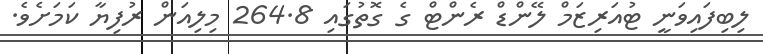
ލިބިފައިވަނީ ޓުއަރިޒަމް ލޭންޑް ރެންޓް ގެ ގޮތުގައި 264.8 މިލިއަން ރުފިޔާ ކަމަށެވެ.